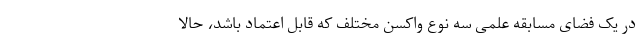
در یک فضای مسابقه علمی سه نوع واکسن مختلف که قابل اعتماد باشد، حالا